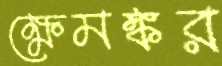
ক্ষেমঙ্কর